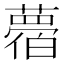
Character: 𦿛